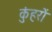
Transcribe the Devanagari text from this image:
कुंहरों